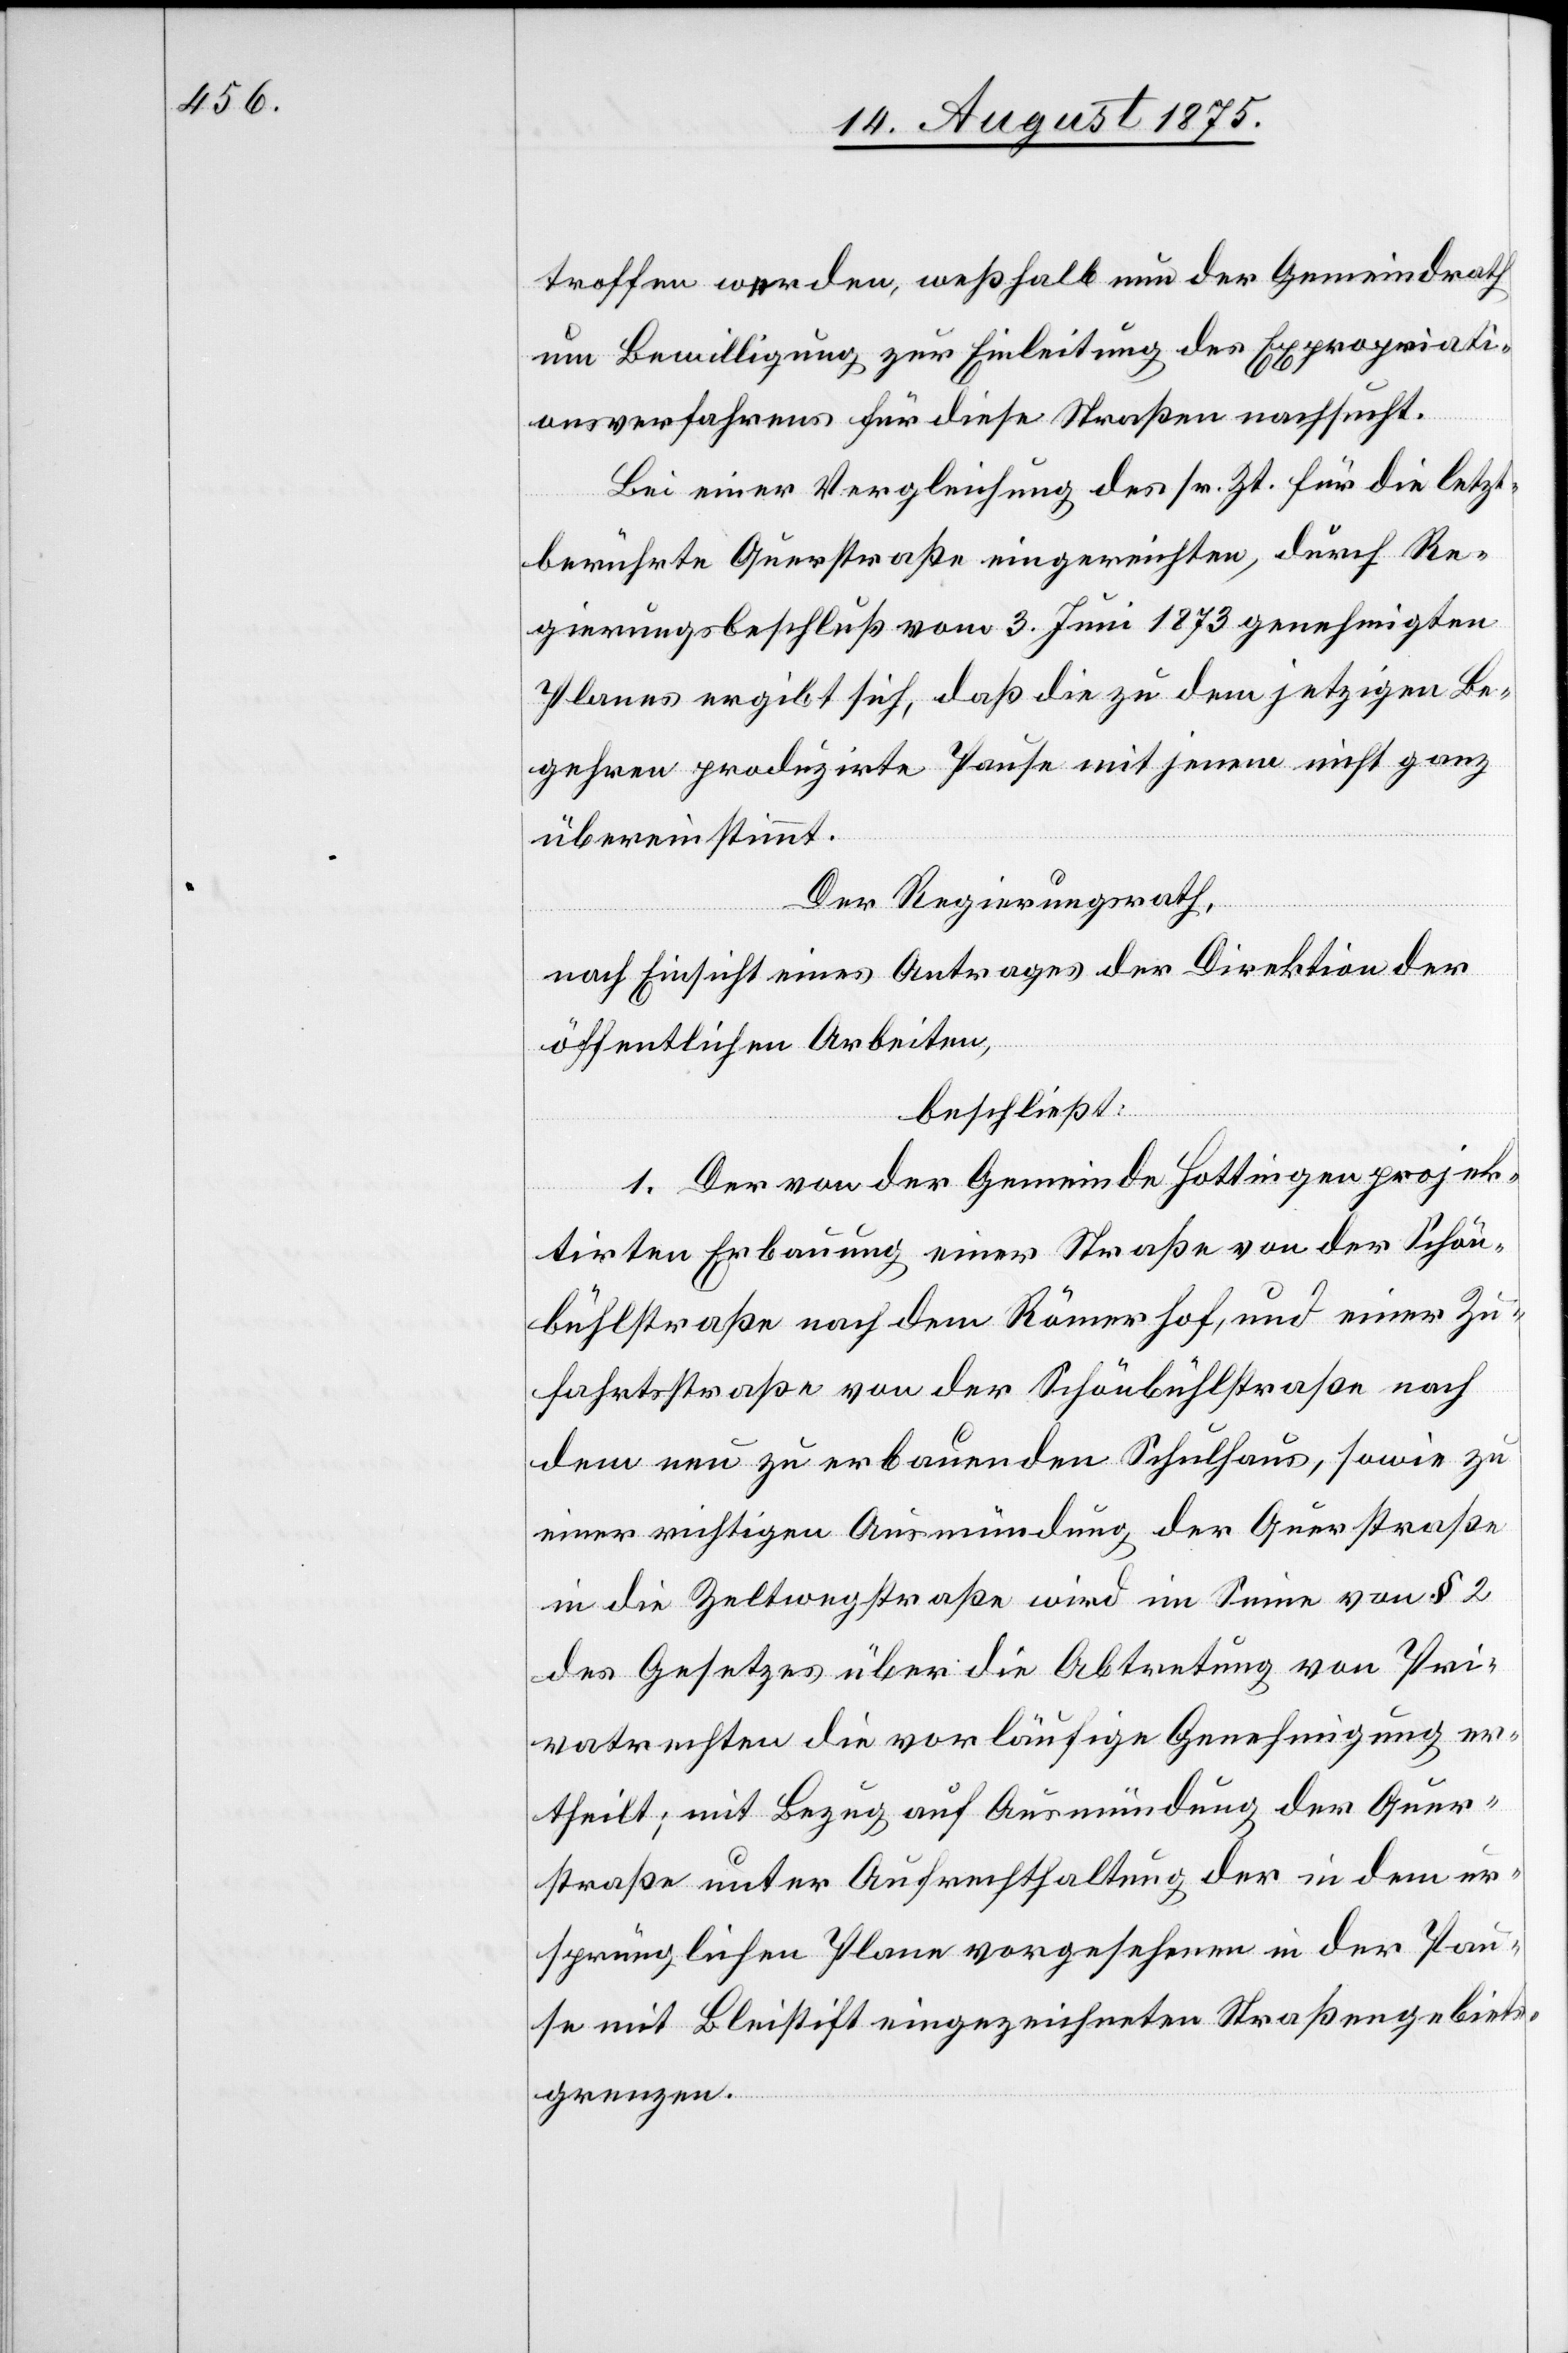
troffen werden, weßhalb nun der Gemeindrath
um Bewilligung zur Einleitung des Expropriati¬
onsverfahrens für diese Straßen nachsucht.
Bei einer Vergleichung des sr. Zt. für die letzt¬
berührte Querstraße eingereichten, durch Re¬
gierungsbeschluß vom 3. Juni 1873 genehmigten
Planes ergibt sich, daß die zu dem jetzigen Be¬
gehren produzirte Pause mit jenem nicht ganz
übereinstimmt.
Der Regierungsrath,
nach Einsicht eines Antrages der Direktion der
öffentlichen Arbeiten,
beschließt:
1. Der von der Gemeinde Hottingen projek¬
tirten Erbauung einer Straße von der Schön¬
bühlstraße nach dem Römerhof, und einer Zu¬
fahrtsstraße von der Schönbühlstraße nach
dem neu zu erbauenden Schulhaus, sowie zu
einer richtigen Ausmündung der Querstraße
in die Zeltwegstraße wird im Sinne von § 2
des Gesetzes über die Abtretung von Pri¬
vatrechten die vorläufige Genehmigung er¬
theilt; mit Bezug auf Ausmündung der Quer¬
straße unter Aufrechthaltung der in dem ur¬
sprünglichen Plane vorgesehenen in der Pau¬
se mit Bleistift eingezeichneten Straßengebiets¬
grenzen.